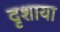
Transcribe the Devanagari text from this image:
दृशाया